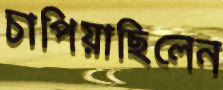
চাপিয়াছিলেন